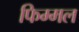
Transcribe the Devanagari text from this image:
फिम्मल